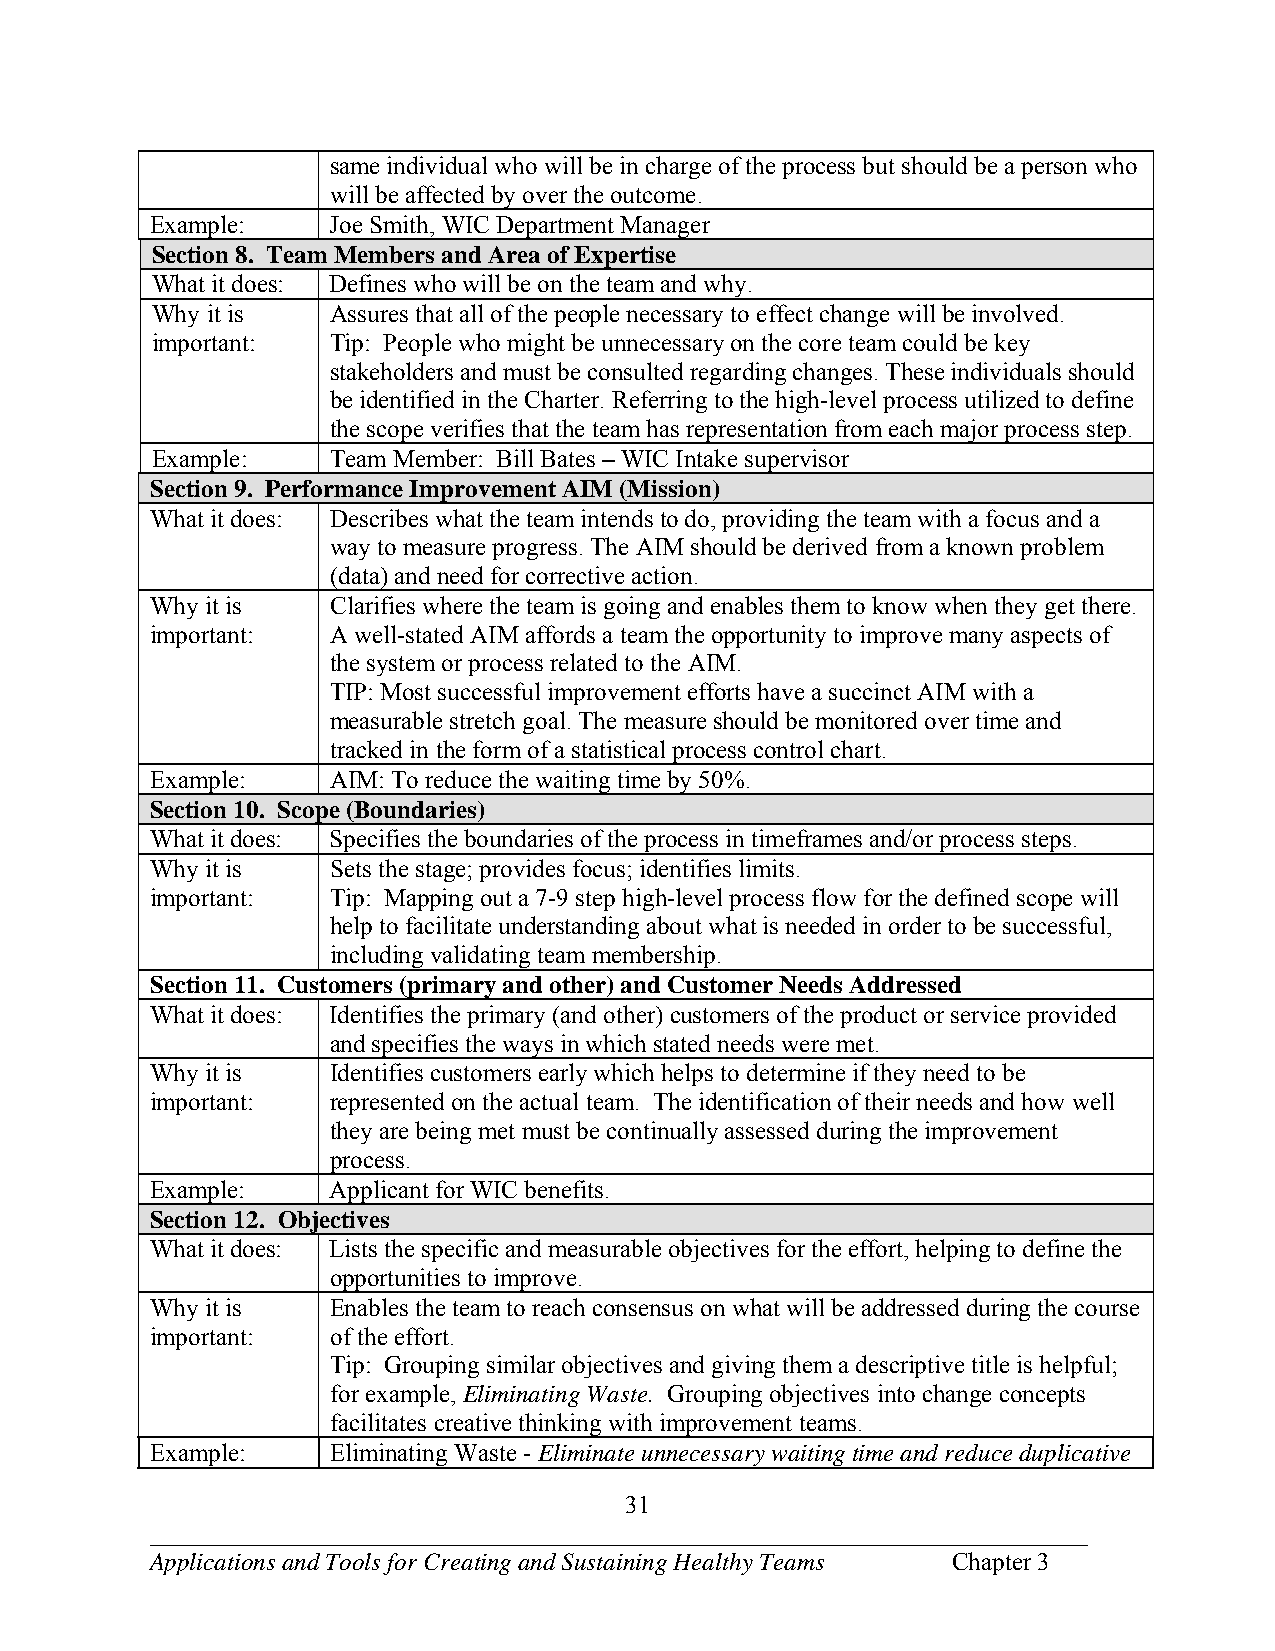
same individual who will be in charge of the process but should be a person who
 will be affected by over the outcome.
 Example:    Joe Smith, WIC Department Manager
 Section 8. Team Members and Area of Expertise
 What it does: Defines who will be on the team and why.
 Why it is   Assures that all of the people necessary to effect change will be involved.
 important:  Tip: People who might be unnecessary on the core team could be key
 stakeholders and must be consulted regarding changes. These individuals should
 be identified in the Charter. Referring to the high-level process utilized to define
 the scope verifies that the team has representation from each major process step.
 Example:    Team Member: Bill Bates – WIC Intake supervisor
 Section 9. Performance Improvement AIM (Mission)
 What it does: Describes what the team intends to do, providing the team with a focus and a
 way to measure progress. The AIM should be derived from a known problem
 (data) and need for corrective action.
 Why it is   Clarifies where the team is going and enables them to know when they get there.
 important:  A well-stated AIM affords a team the opportunity to improve many aspects of
 the system or process related to the AIM.
 TIP: Most successful improvement efforts have a succinct AIM with a
 measurable stretch goal. The measure should be monitored over time and
 tracked in the form of a statistical process control chart.
 Example:    AIM: To reduce the waiting time by 50%.
 Section 10. Scope (Boundaries)
 What it does: Specifies the boundaries of the process in timeframes and/or process steps.
 Why it is   Sets the stage; provides focus; identifies limits.
 important:  Tip: Mapping out a 7-9 step high-level process flow for the defined scope will
 help to facilitate understanding about what is needed in order to be successful,
 including validating team membership.
 Section 11. Customers (primary and other) and Customer Needs Addressed
 What it does: Identifies the primary (and other) customers of the product or service provided
 and specifies the ways in which stated needs were met.
 Why it is   Identifies customers early which helps to determine if they need to be
 important:  represented on the actual team. The identification of their needs and how well
 they are being met must be continually assessed during the improvement
 process.
 Example:    Applicant for WIC benefits.
 Section 12. Objectives
 What it does: Lists the specific and measurable objectives for the effort, helping to define the
 opportunities to improve.
 Why it is   Enables the team to reach consensus on what will be addressed during the course
 important:  of the effort.
 Tip: Grouping similar objectives and giving them a descriptive title is helpful;
 for example, Eliminating Waste. Grouping objectives into change concepts
 facilitates creative thinking with improvement teams.
 Example:    Eliminating Waste - Eliminate unnecessary waiting time and reduce duplicative
 31
 ___________________________________________________________________________
 Applications and Tools for Creating and Sustaining Healthy Teams Chapter 3